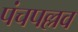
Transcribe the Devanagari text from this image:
पंचपल्लव